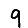
Digit: 9